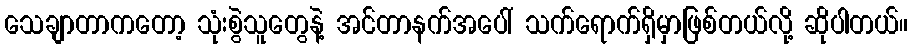
သေချာတာကတော့ သုံးစွဲသူတွေနဲ့ အင်တာနက်အပေါ် သက်ရောက်ရှိမှာဖြစ်တယ်လို့ ဆိုပါတယ်။